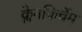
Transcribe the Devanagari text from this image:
क्लेनकिर्चेम